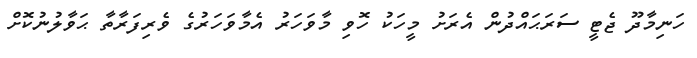
ހަނިމާދޫ ޖެޓީ ސަރަޙައްދުން އެރަށު މީހަކު ހޮވި މާވަހަރު އެމާވަހަރުގެ ވެރިފަރާތާ ޙަވާލުނުކޮށް